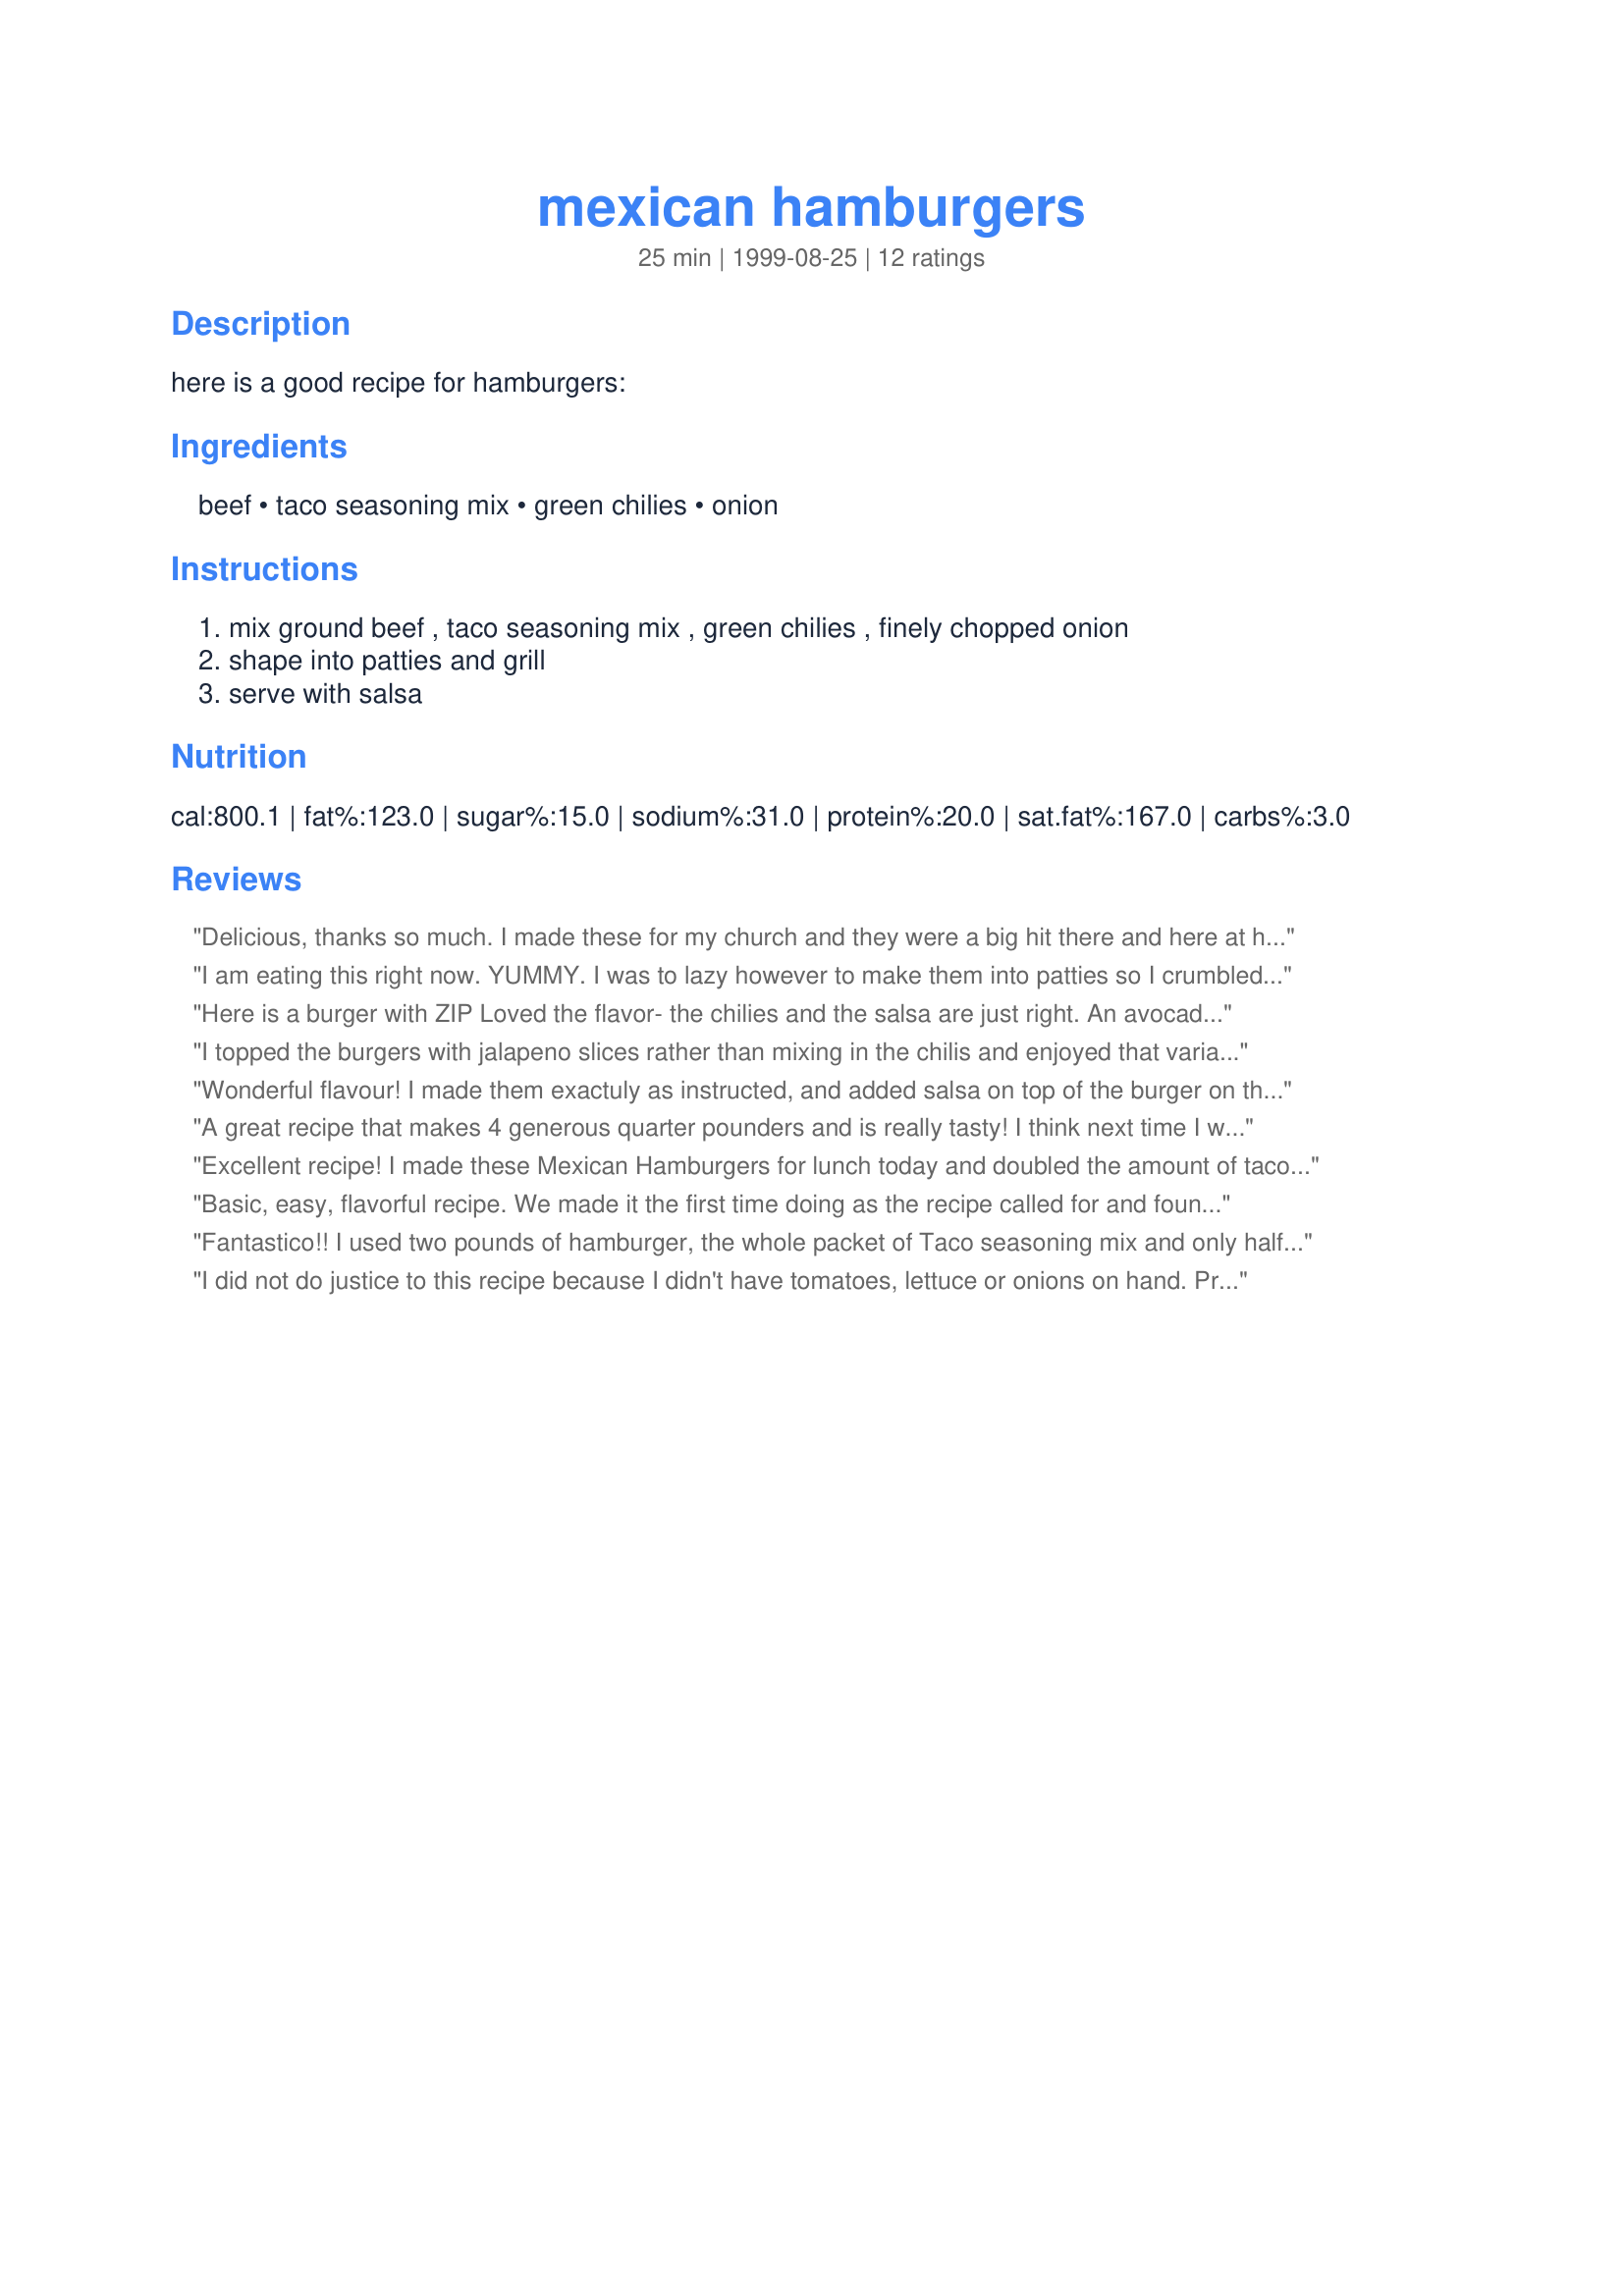
mexican hamburgers
Preparation time: 25 minutes

here is a good recipe for hamburgers:

Ingredients:
beef, taco seasoning mix, green chilies, onion

Steps:
mix ground beef , taco seasoning mix , green chilies , finely chopped onion, shape into patties and grill, serve with salsa

Reviews:
Delicious, thanks so much. I made these for my church and they were a big hit there and here at home.
I am eating this right now. YUMMY. I was to lazy however to make them into patties so I crumbled the burger up and fried it like sloppy joe meat and added all of the rest to ing. the meat after it was cooked 1/2 way. Ate it like a sloppy joe on a bun. THIS WAS EXCELLENT! We ate with sliced tomato, sour cream and shredded mexican cheese blend. I will be making this again. You can have so many toppings you can choose from with this burger!! Lettuce, tomato, all the different cheeses, jalapenos, salsa, avacado or gucamole, sour cream, even a cheese sauce if you like mmm mmm good. thanks for posting.
Here is a burger with ZIP Loved the flavor- the chilies and the salsa are just right. An avocado would be lovely withthis burger. definately 5 star
I topped the burgers with jalapeno slices rather than mixing in the chilis and enjoyed that variation. Also topped with some cheese. Loved the result! Thanks for sharing.
Wonderful flavour! I made them exactuly as instructed, and added salsa on top of the burger on the bun, with some ceddar and other toppings. Cooked them on the griller machine. Delicious! Not overpowering at all , just the right amount of tingle. I made the whole recipe, we ate two for supper and put the other two in the freezer. Will be making these again, thanks for posting.
A great recipe that makes 4 generous quarter pounders and is really tasty! I think next time I will try cooking the onions first. We loved them.
Excellent recipe! I made these Mexican Hamburgers for lunch today and doubled the amount of taco seasoning by mistake since I have a big jar of it. The hamburgers were still excellent, just very, very HOT! I can't wait to make them again using the correct ingredient amounts! Thanks for a yummy and easy recipe, JANIC412!
Basic, easy, flavorful recipe. We made it the first time doing as the recipe called for and found it good but the chilis were a little overwhelming for us. Tried it again a few days later adding another half pound hamburger to the recipe and were much more pleased. Will definitely do this one again.
Fantastico!! I used two pounds of hamburger, the whole packet of Taco seasoning mix and only half of the green chilies. They were just right for my family. We topped these burgers of with sour cream and salsa. I suggest to have the sour cream adn salsa at room temperture to blend well with the warm burgers. I served the with Cajun Style Oven Fries #34011 and green beans.
I did not do justice to this recipe because I didn't have tomatoes, lettuce or onions on hand. Prepared as instructed, except I added minced onion. But it was very tasty as is. The taco seasoning gave it a kick. Will try at a later date and be prepared.
Since I'm such a wimp when it comes to spicy foods,this is how I made these very good burgers.For the taco seasoning I used 2 Tablespoons of Recipe#105993,2 ounces of the green chilies,and about 1 /3 cup chopped sweet onion.Mixed lightly until all the ingredients were comined didn't want to dry the meat out.I pan-fried for about 6 to 8 minutes on each side,when the burgers were almost done I added a slice of pepperjack cheese to each burger pattie.Topped with my favorite toppings,and served this with Recipe#32015 which made a great a "Burger & Tater Night".This will be made again,thank you for posting."Keep Smiling :)"
Mexican Hamburgers added a wonderful change a pot of pinto beans and a green salad.
